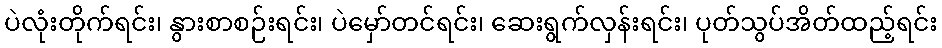
ပဲလုံးတိုက်ရင်း၊ နွားစာစဉ်းရင်း၊ ပဲမှော်တင်ရင်း၊ ဆေးရွက်လှန်းရင်း၊ ပုတ်သွပ်အိတ်ထည့်ရင်း